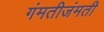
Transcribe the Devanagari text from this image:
गंमतीजंमती